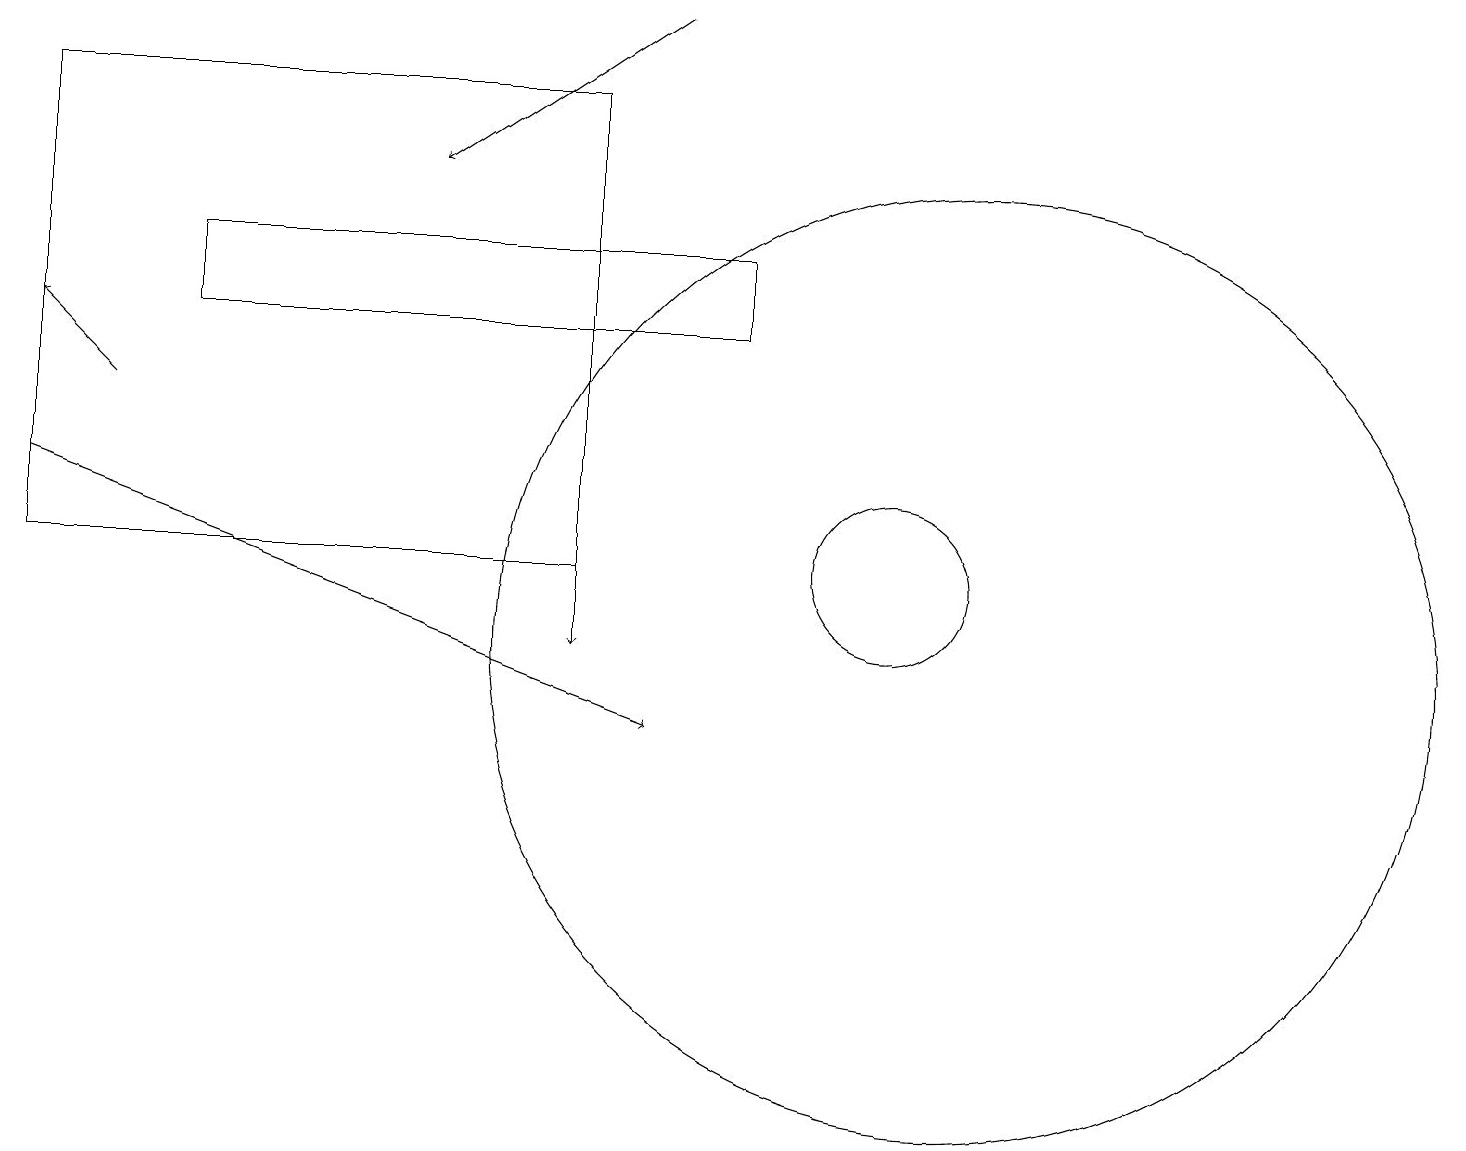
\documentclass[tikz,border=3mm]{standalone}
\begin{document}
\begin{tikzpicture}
\draw[->] (0,13) -- (8,10);
\draw[->] (1,14) -- (0,15);
\draw (11,12) circle (1);
\draw (12,11) circle (6);
\draw[->] (7,14) -- (7,11);
\draw (7,12) rectangle (0,18);
\draw (9,16) rectangle (2,15);
\draw[->] (8,19) -- (5,17);
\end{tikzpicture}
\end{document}